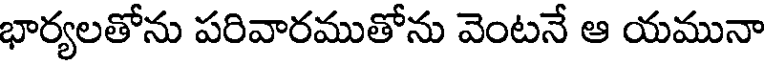
భార్యలతోను పరివారముతోను వెంటనే ఆ యమునా